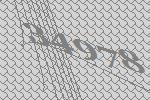
34978